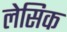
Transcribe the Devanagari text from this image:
लेसिक